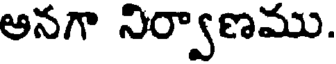
అనగా నిర్వాణము.